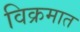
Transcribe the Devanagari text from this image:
विक्रमात